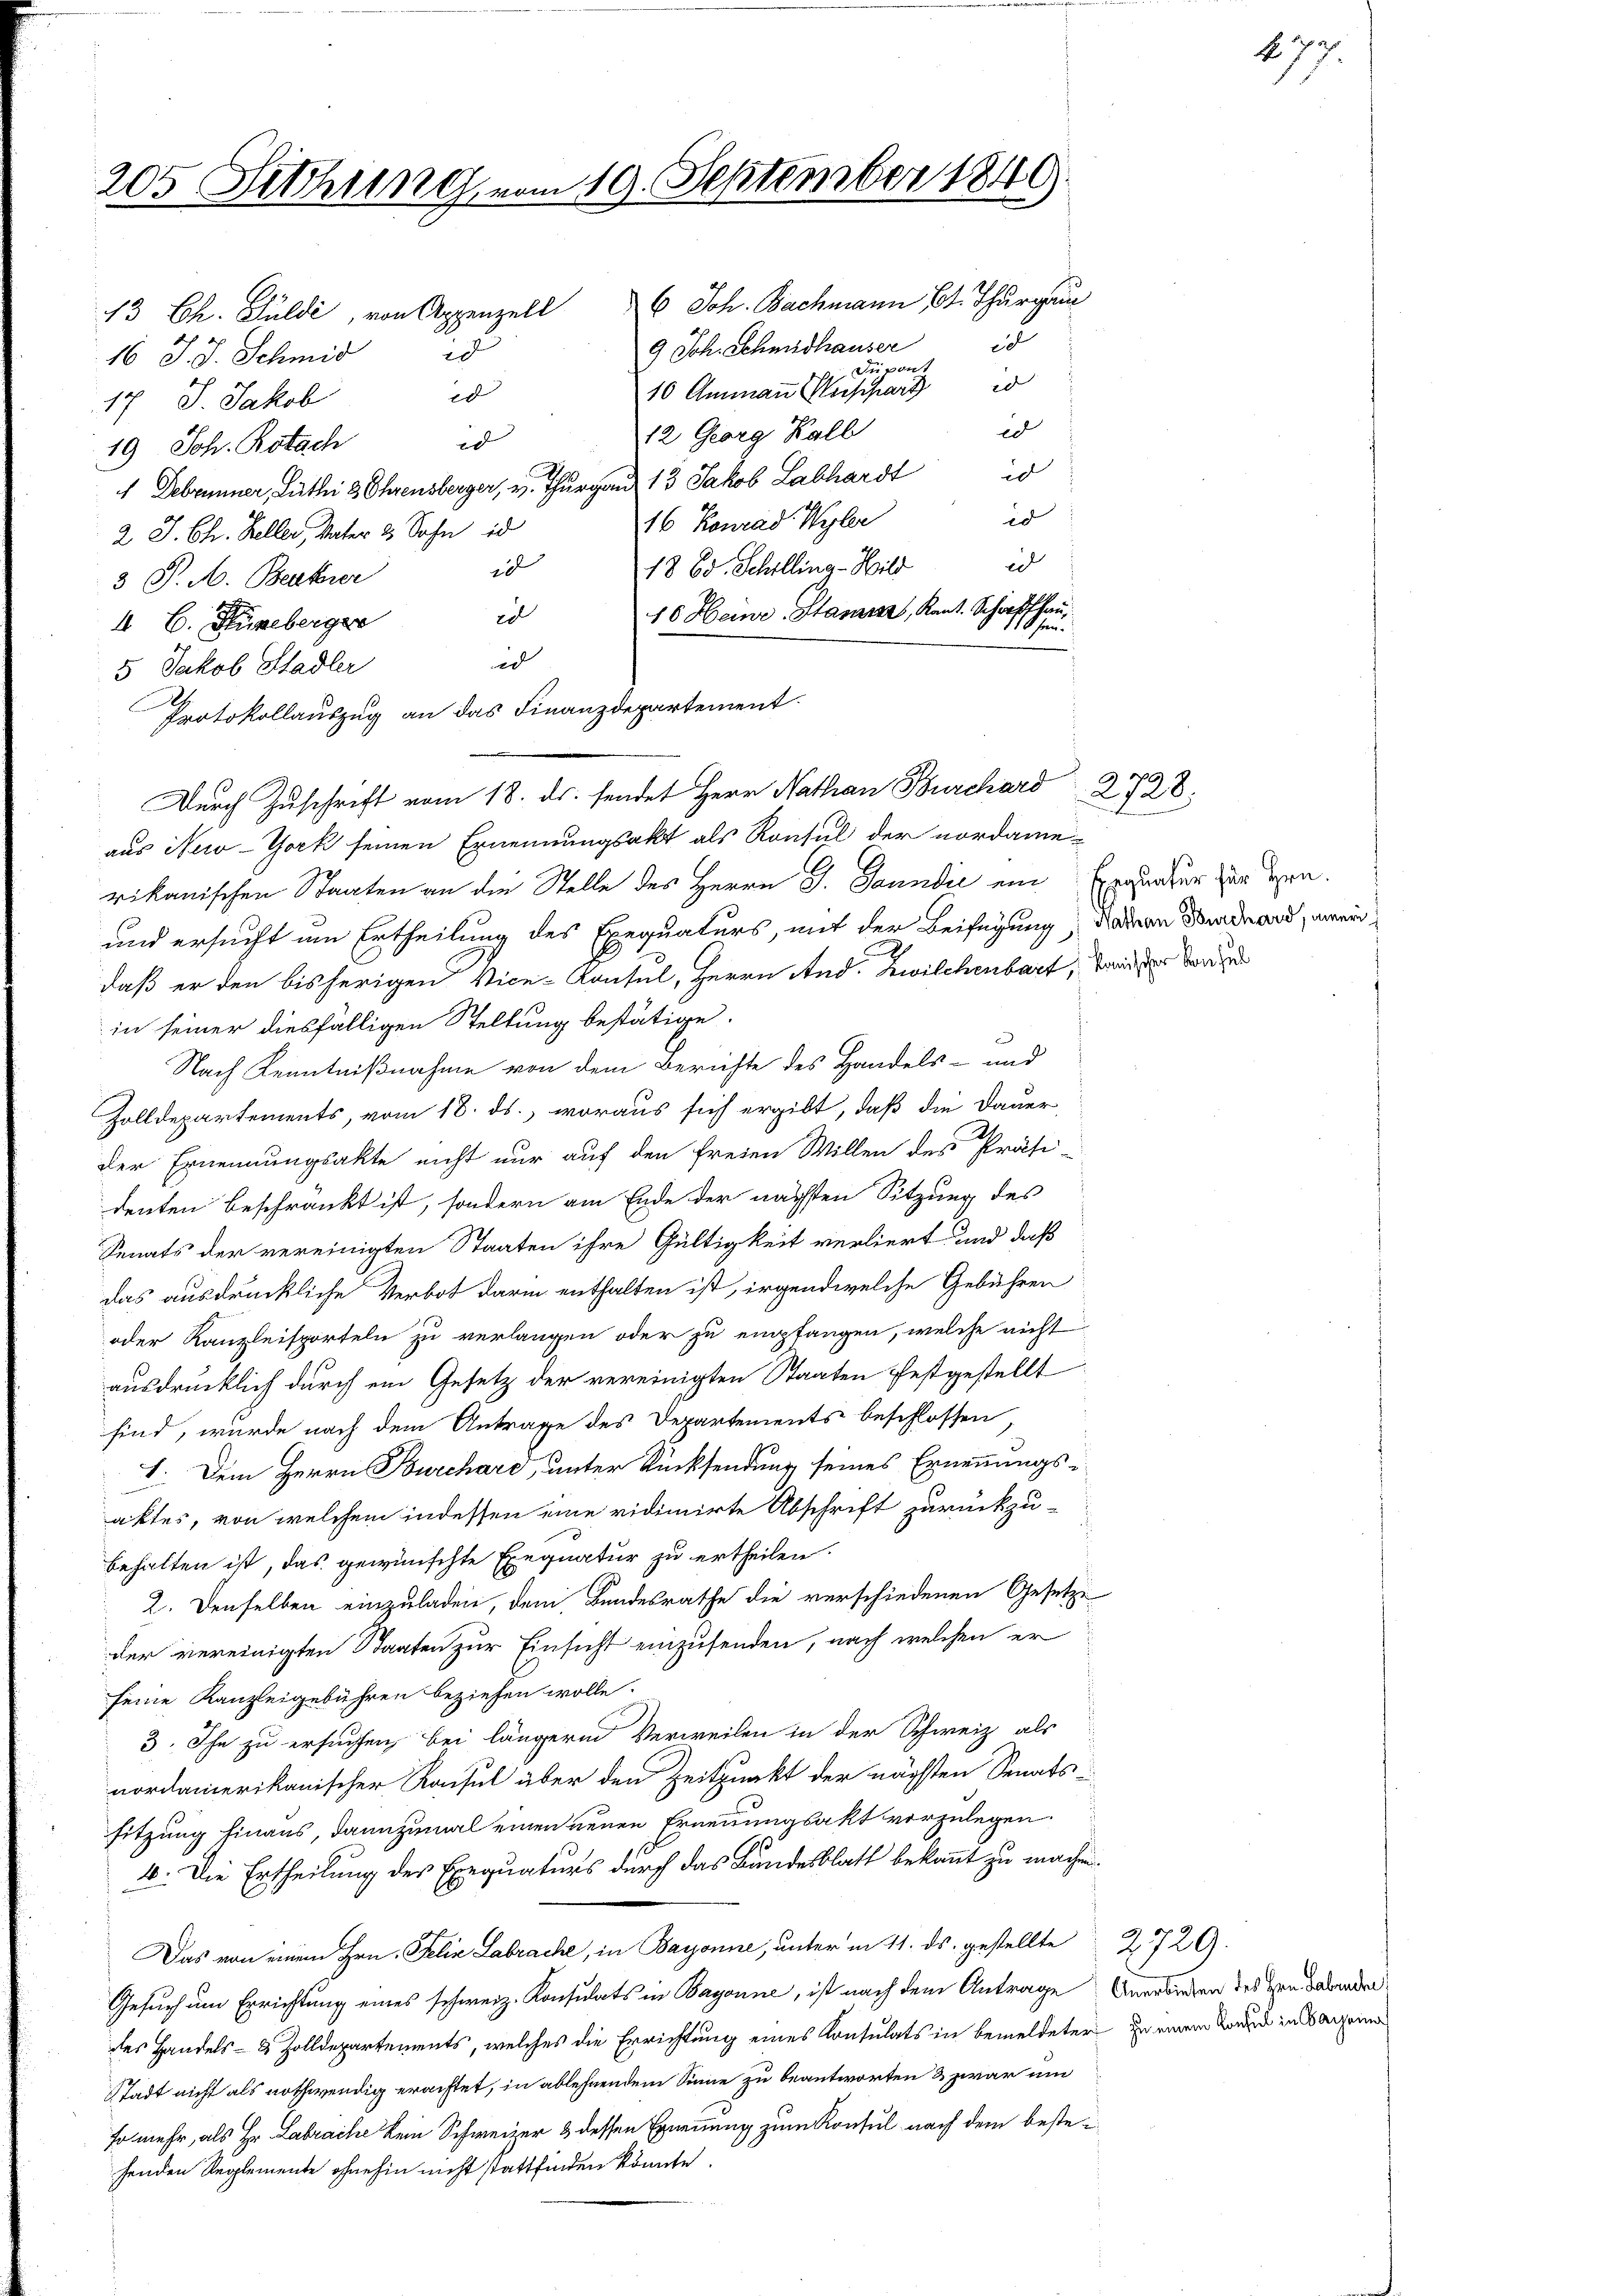
205 Sitzung vom 10. September 1840.

13 Ch. Guldi, von Appenzell 6 Joh. Bachmann Bt. Thurgau
9 Joh. Schmidhauser
d
16 J. J. Schmid
Si cont
10 Ammann Weishar 20
20
17 J. Jakob
d
12 Georg Kall
t
19 Joh. Rotach
 Debrunner, Luthei 2 Ohrensberger, v. Thurgau 13 Jakob Labhardt is
id
16 Konrad Wyler
2 J. Ch. Keller, Vater 2. Sohn is
id
d
18 Ed. Schilling-Hild
3 P. M. Becker
10 Heine Stanna, Kant. Schaffhaud
4. B. Hüneberger
id
5 Jakob Stadler
.
Protokollauszug an das Finanzdepartement
aus New-York seinen Ernennungsakt als Konsul der nordame
rikanischen Staaten an die Stelle des Herrn J. Janndil ein Brauner zur Hrn.
und ersucht um Ertheilung des Exequaturs, mit der Beifügung, davon Seminard, einer
daß er den bisherigen Vice-Konsul, Herrn And. Zwilchenbart, tand der die
in seiner diesfälligen Stellung bestätige.
a
Nach Kenntnißnahme von dem Berichte des Handels- und
Zolldepartements, vom 18. ds., woraus sich ergibt, daß die Dauer-
der Ernennungsakte nicht nur auf den freien Willen des Präsi-
denten beschränkt ist, sondern am Ende der nächsten Sitzung des
Senats der vereinigten Staaten ihre Gültigkeit verliert und daß
das ausdrückliche Verbot darin enthalten ist, irgend welche Gebühren
oder Kanzleisporteln zu verlangen oder zu empfangen, welche nicht
ausdrücklich durch ein Gesetz der vereinigten Staaten festgestellt
sind, wurde nach dem Antrage des Departements beschlossen
I. Dem Herrn Burchare, unter Rücksendung seines Ernennungs-
aktes, von welchem indessen eine vidimirte Abschrift zurückzu-
behalten ist, das gewünschte Exequatur zu ertheilen.
2. Denselben einzuladen, dem Bundesrathe die verschiedenen Gesetze
der vereinigten Staaten zur Einsicht einzusenden, nach welchen er
seine Kanzleigebühren beziehen wolle.
3. Ihn zu ersuchen, bei längern Verweilen in der Schweiz als
nordamerikanischer Konsul über den Zeitpunkt der nächsten Senats-
sitzung hinaus, dannzumal einen neuen Ernennungsakt vorzulegen.
4. Die Ertheilung des Exequaturs durch das Bundesblatt bekannt zu machen.
Das von einem Hrn. Felix Labrache, in Bayonne, unter in 11. ds. gestellte
Gesuch um Errichtung eines schweiz. Konsulats in Bagonne, ist nach dem Antrage Anerbinden des den dabenden
des Handels- & Zolldepartements, welches die Errichtung eines Consulats in bemeldeter zu einem Kaden in Baron
Stadt nicht als nothwendig erachtet, in ablehnendem Sinne zu beantworten & zwar um
so mehr, als Hr. Labrache kein Schweizer 3 dessen Ernennung zum Konsul nach dem bestehenden Reglemente ohnehin nicht stattfinden könnte.

u

Durch Zuschrift vom 18. ds. sendet Herr Nathan Burchard 2728:

152
477.

2729.